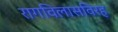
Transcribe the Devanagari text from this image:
रागविलासविरह